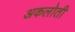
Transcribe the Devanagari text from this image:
अकलोती